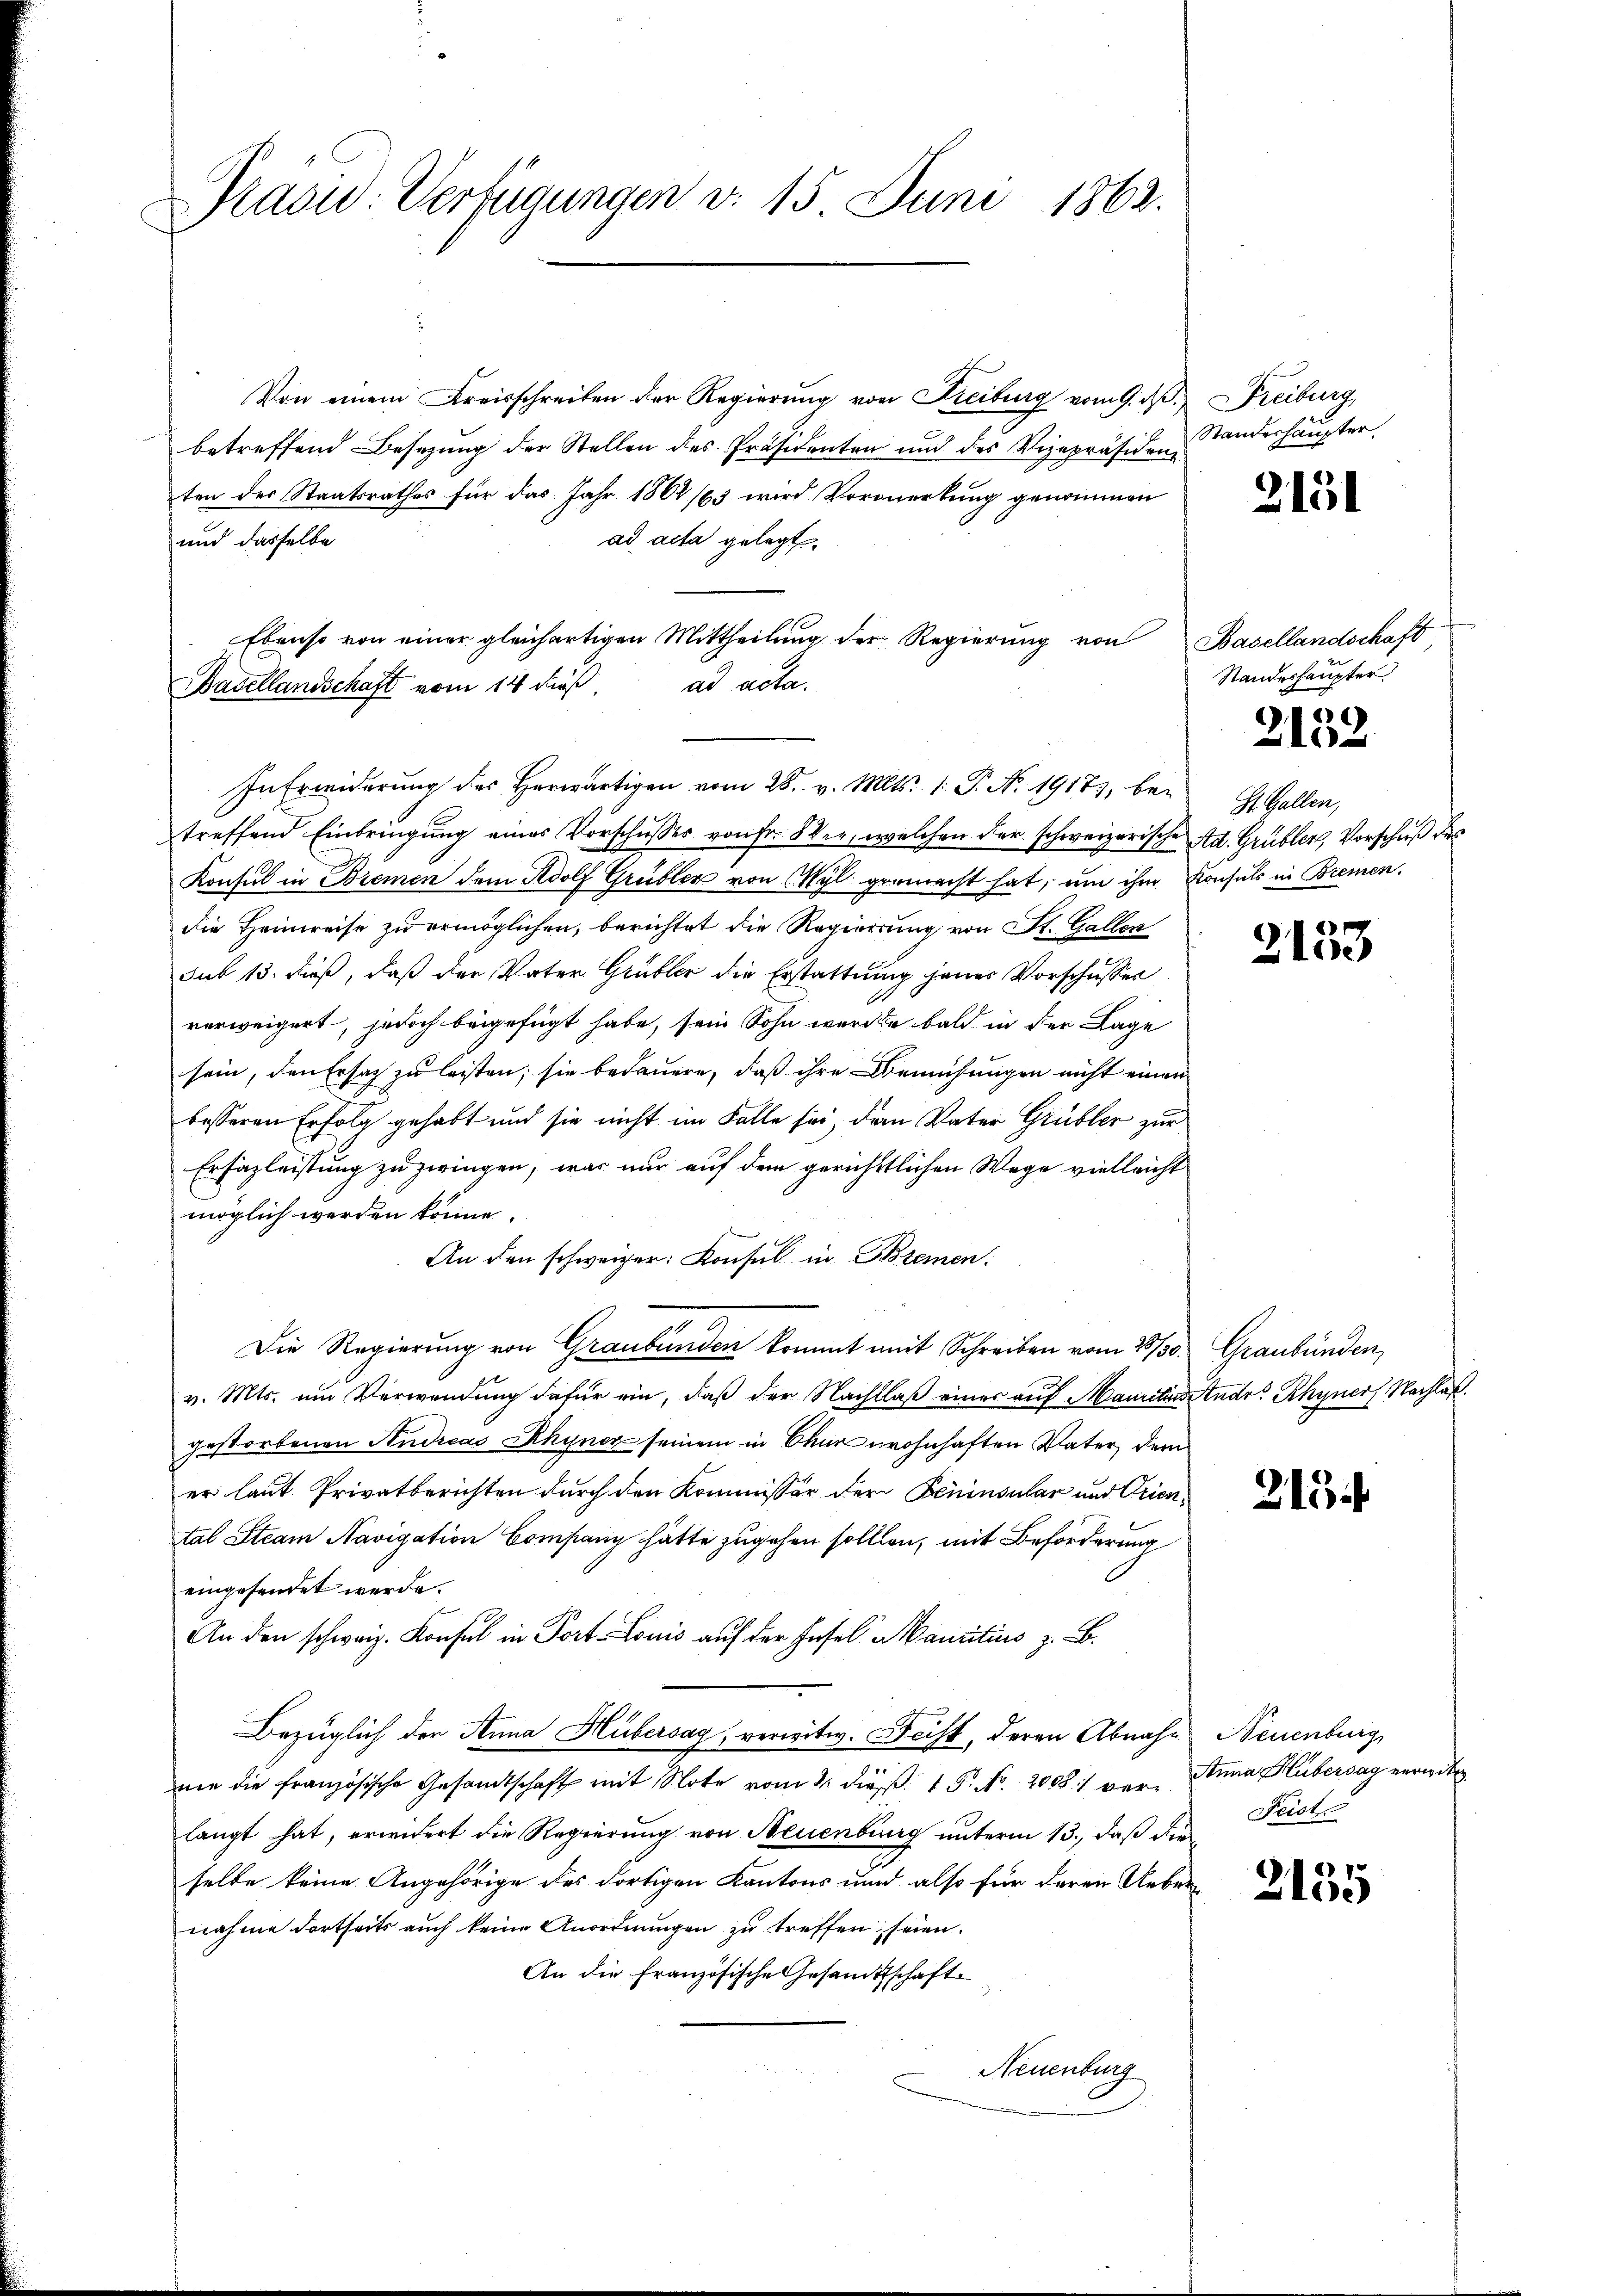
Präsid. Verfügungen d. 15 Juni 1862.

Basellandschaft vom 14 dieß

Von einem Kreisschreiben der Regierung von Freiburg vom 9. ds.
betreffend Besetzung der Stellen des Präsidenten und des Vizepräsidene
ten der Staatsrathes für das Jahr 1882/83 wird Vormerkung genommen
und dasselbe
ad acta gelegt.
Ebenso von einer gleichartigen Mittheilŭng der Regierŭng von Basellandschaft,
ad acta.
In Erwiderung des herwärtigen vom 28. v. Mts. 1. P. No. 19173, betreffend Einbringung eines Vorschusses von fr. Ver, welchen der schweizerische Ad. Grübler, Vorschuß des
Konsul in Bremen dem Adolf Grübler von Wyl germacht hat, um ihm Konsuls in Bremen.
die Heimreise zu ermöglichen, berichtet die Regierung von St. Gallen
sub 13. dieß, daß der Vater Grübler die Erstattung jenes Vorschusser
verweigert, jedoch beigefügt habe, sein Sohn werden bald in der Lage
sein, den Ersatz zu leisten, sie bedauern, daß ihre Bemühungen nicht einen
besseren Erfolg gehabt und sie nicht im Falle sei, dem Vater Grübler zur
Ersazleistung zu zwingen, was nur auf dem gerichttlichen Wege vielleicht
möglich werden könne.
An den schweizer. Konsul in Bremen.
.
Die Regierung von Graubünden kommt mit Schreiben vom 28/30. Graubünden
v. Mts. um Verwendung dafür ein, daß der Nachlaß einer auf Mauritins Ende Rhyner Nachlaßgestorbenen Andreas Rhyner seinem in Chur wohnhaften Vater dem
er laut Privatberichten durch den Kommissor der Beninsular und Oriental Steam Navigation Company hätte zugehen sollten, mit Beförderung
eingesendet werde.
An den schweiz. Konsul in Port-Louis auf der Insel Mauritius z. B.
Bezüglich der Anna Hübersag, verwitw. Beist, deren Abnahm Neuenburg
nie die französische Gesandtschaft mit Note vom 2. dieß. 1 P. Nr. 20081 verlangt hat, erwidert die Regierung von Neuenburg unterm 13., daß die
selbe keine Angehörige des dortigen Kantons und also für deren Uebernahme dortheits auch keine Anordnŭngen zu treffen, seien.
An die Französische Gesandtschaft
Neuenburg

Freiburg
Standeshaupter

2131

Standeshaupter

)
2103

St. Gallen,

2153

2154

Anna Hubersag erriedten.
Feist

2135